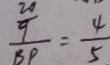
\frac { 2 0 } { \frac { 9 } { B P } } = \frac { 4 } { 5 }